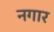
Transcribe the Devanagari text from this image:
नगार